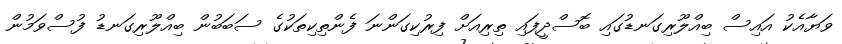
ވަޔާއެކު އައިސް ބިއްލޫރިގަނޑުގައި ބޮސްދީފައި ތިރިއަށް ފިރުކިގަންނަ ފެންތިކިތަކުގެ ސަބަބުން ބިއްލޫރިގަނޑު ފުސްވަމުން